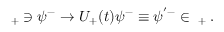
{ \mathbf \Phi } _ { + } \ni \psi ^ { - } \to U _ { + } ( t ) \psi ^ { - } \equiv \psi ^ { ' - } \in { \mathbf \Phi } _ { + } \, .